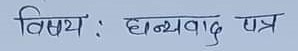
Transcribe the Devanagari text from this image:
विषय : धन्यवाद पत्र